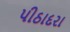
પીઠાદરા